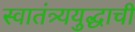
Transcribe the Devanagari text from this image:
स्वातंत्र्ययुद्धाची